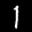
Label: 1